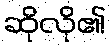
ဆိုလို၏